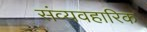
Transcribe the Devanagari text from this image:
संव्यवहारिक